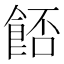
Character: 𩛷